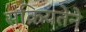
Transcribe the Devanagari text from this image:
सक्रियतेने